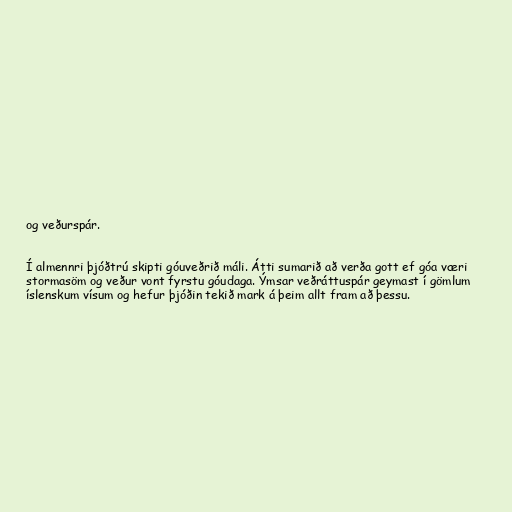
og veðurspár.

Í almennri þjóðtrú skipti góuveðrið máli. Átti sumarið að verða gott ef góa væri
stormasöm og veður vont fyrstu góudaga. Ýmsar veðráttuspár geymast í gömlum
íslenskum vísum og hefur þjóðin tekið mark á þeim allt fram að þessu.